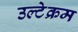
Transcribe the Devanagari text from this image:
उल्टेक्रम